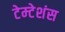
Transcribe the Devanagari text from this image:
टेम्टेशंस